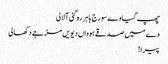
چھپ گیا وے سورج باہر رہ گئی آ لالی
وے میں صدقے ہوواں دیویں مڑ جے دکھالی
پیرا!